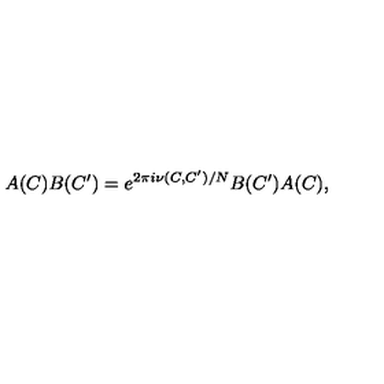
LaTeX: A ( C ) B ( C ^ { \prime } ) = e ^ { 2 \pi i \nu ( C , C ^ { \prime } ) / N } B ( C ^ { \prime } ) A ( C ) ,